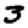
Digit: 3